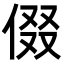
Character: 𬾧